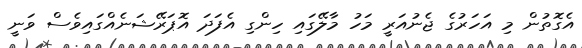
އެގޮތުން މި އަހަރުގެ ޖެނުއަރީ މަހު މާލޭގައި ހިންގި އެފަދަ އޮޕަރޭޝަނެއްގައިވެސް ވަނީ